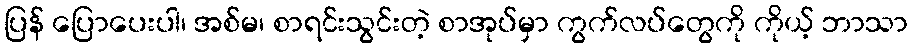
ပြန် ပြောပေးပါ၊ အစ်မ၊ စာရင်းသွင်းတဲ့ စာအုပ်မှာ ကွက်လပ်တွေကို ကိုယ့် ဘာသာ